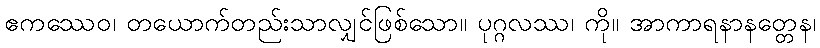
ဧကဿေဝ၊ တယောက်တည်းသာလျှင်ဖြစ်သော။ ပုဂ္ဂလဿ၊ ကို။ အာကာရနာနတ္တေန၊